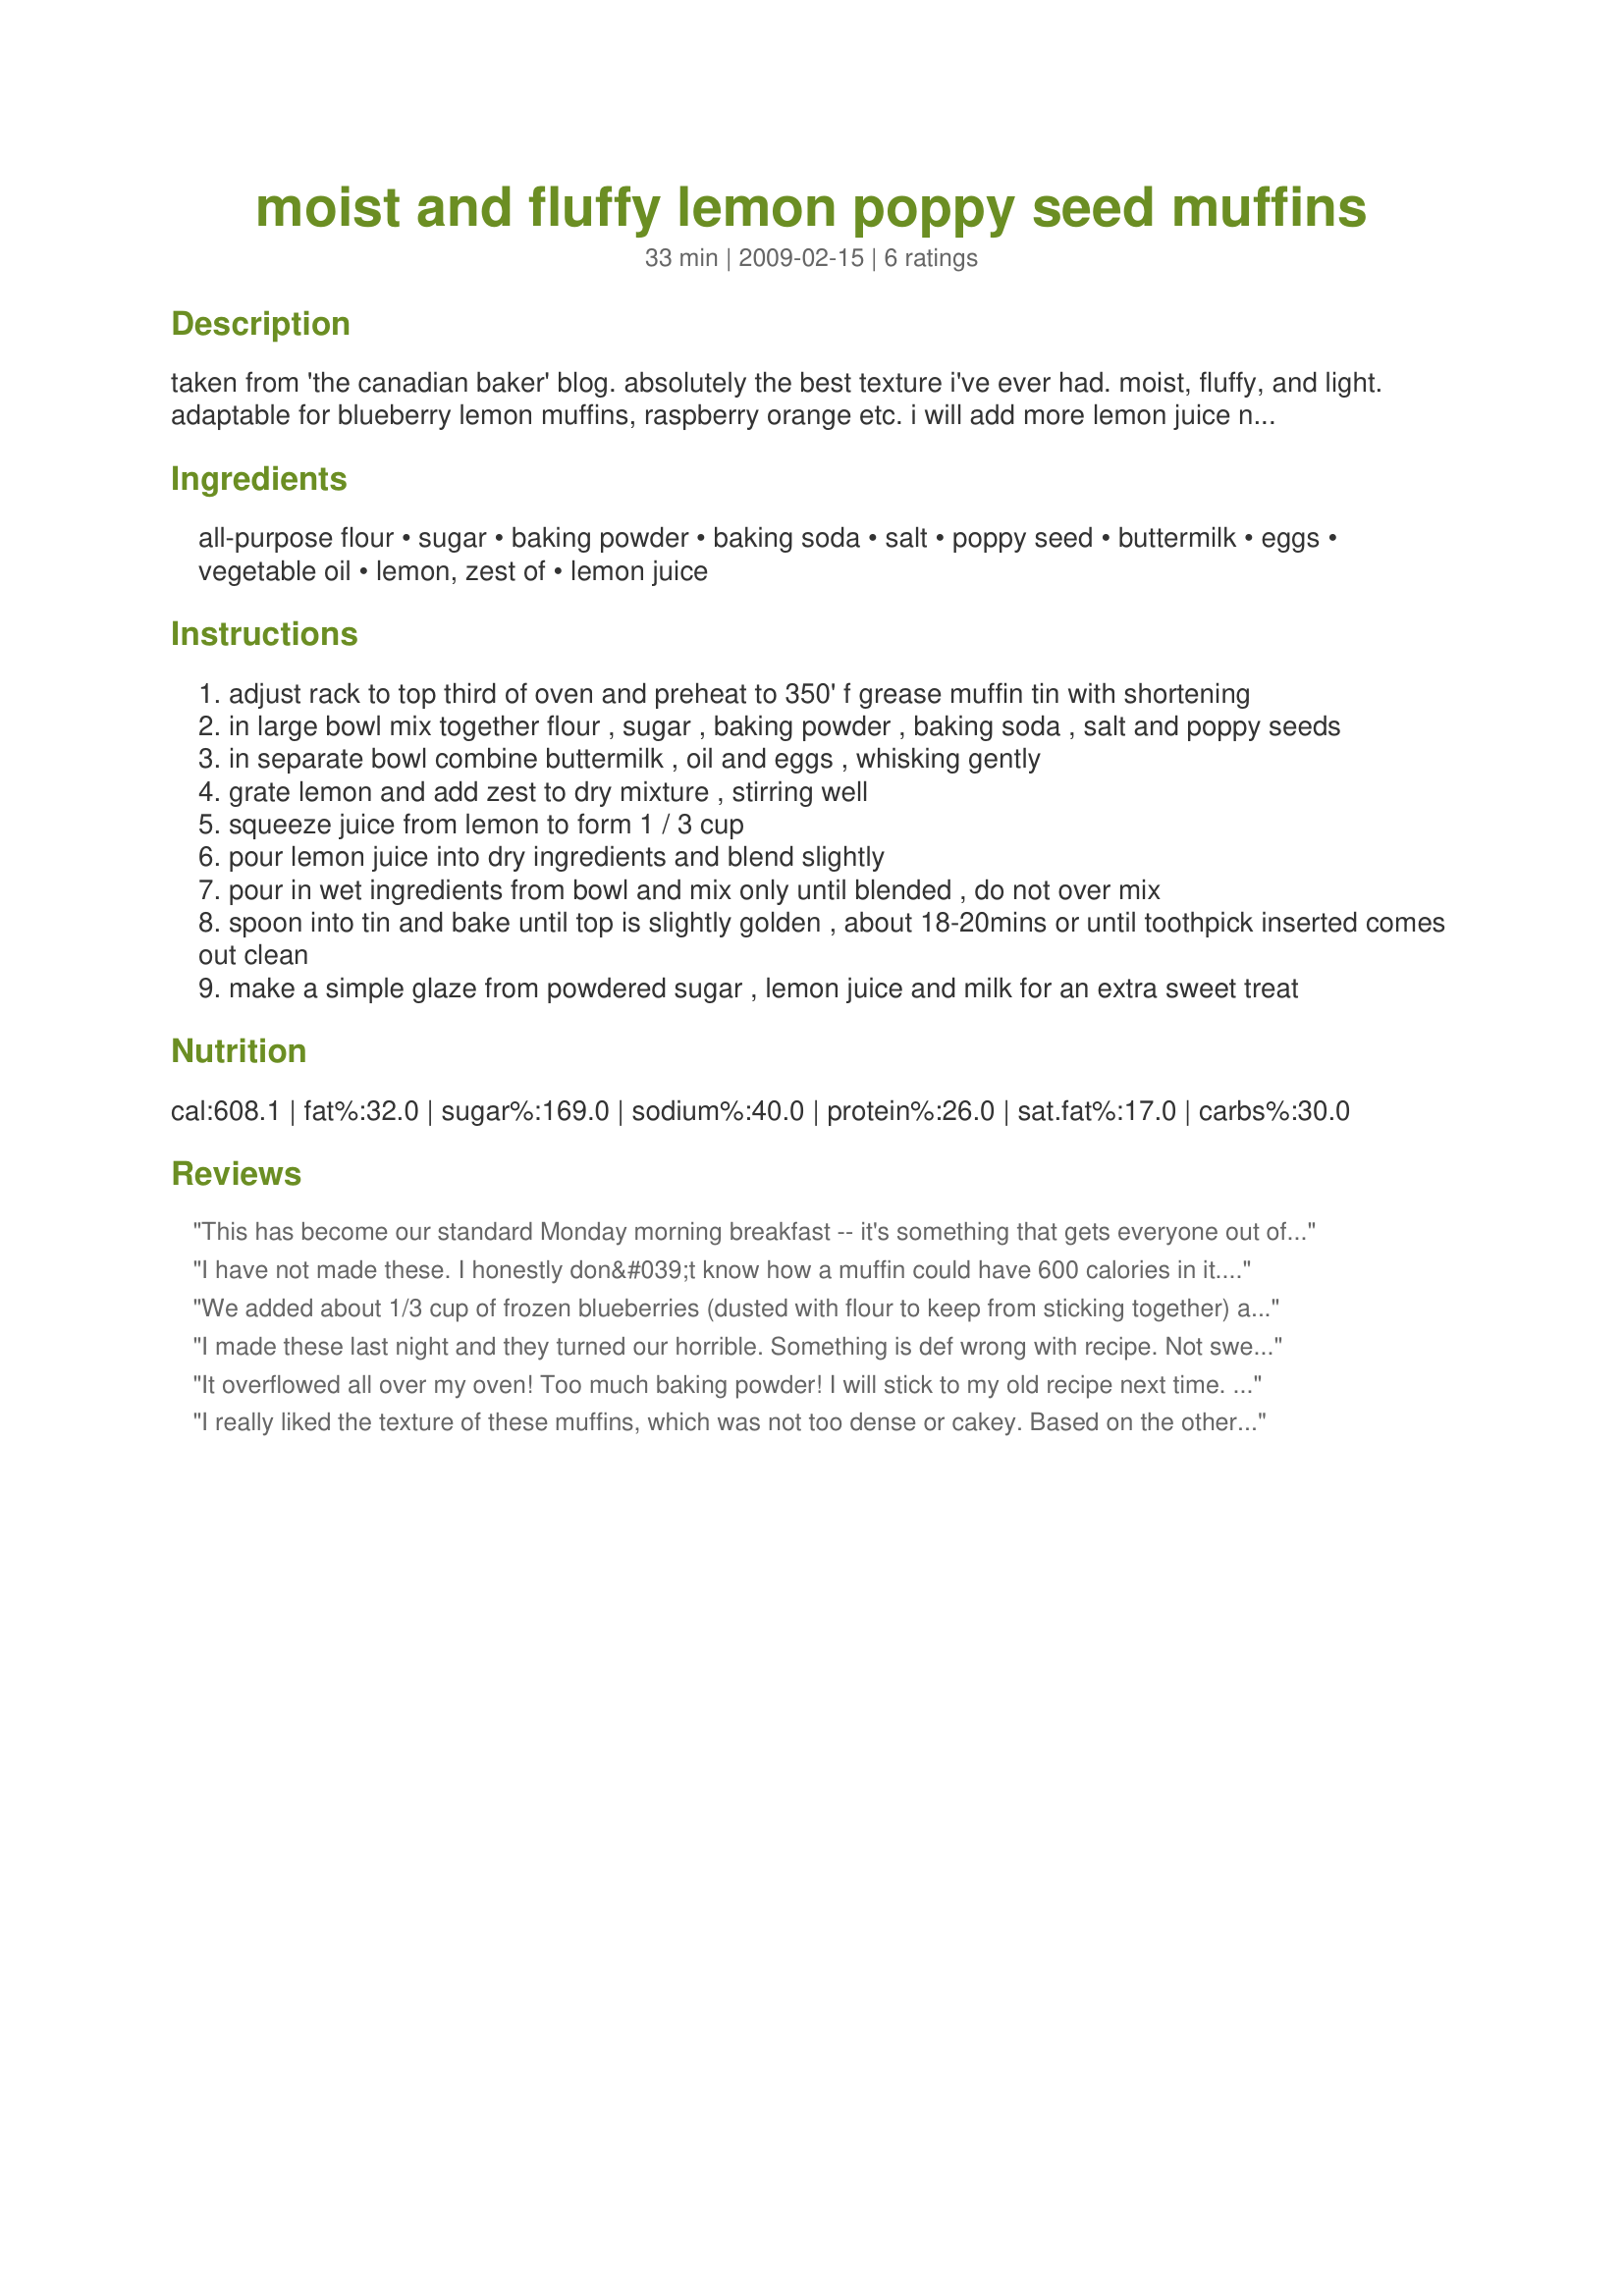
moist and fluffy lemon poppy seed muffins
Preparation time: 33 minutes

taken from 'the canadian baker' blog. absolutely the best texture i've ever had. moist, fluffy, and light. adaptable for blueberry lemon muffins, raspberry orange etc. i will add more lemon juice next time as i found it not zesty enough, and will cut back on the poppy seeds slightly. a simple lemon glaze makes this the perfect sweet treat for a cold day or an after lunch dessert.

Ingredients:
all-purpose flour, sugar, baking powder, baking soda, salt, poppy seed, buttermilk, eggs, vegetable oil, lemon, zest of, lemon juice

Steps:
adjust rack to top third of oven and preheat to 350' f grease muffin tin with shortening
in large bowl mix together flour , sugar , baking powder , baking soda , salt and poppy seeds
in separate bowl combine buttermilk , oil and eggs , whisking gently
grate lemon and add zest to dry mixture , stirring well
squeeze juice from lemon to form 1 / 3 cup
pour lemon juice into dry ingredients and blend slightly
pour in wet ingredients from bowl and mix only until blended , do not over mix
spoon into tin and bake until top is slightly golden , about 18-20mins or until toothpick inserted comes out clean
make a simple glaze from powdered sugar , lemon juice and milk for an extra sweet treat

Reviews:
This has become our standard Monday morning breakfast -- it's something that gets everyone out of bed! I make this with 1 cup whole wheat flour and 1 cup unbleached, and it comes out fine. I also leave my oven rack where it is but bake at 375. This makes a lot -- I use the Reynolds self-standing disposable aluminum muffin cups and fill up 20 of them.
I have not made these. I honestly don&#039;t know how a muffin could have 600 calories in it. Is it a misprint?
We added about 1/3 cup of frozen blueberries (dusted with flour to keep from sticking together) and these were delightful. Not too much or little of anything. Thanks for sharing! Made for PAC 09
I made these last night and they turned our horrible. Something is def wrong with recipe. Not sweet and heavy tasting - not light and fluffy at all. Such a disappointment. :(
It overflowed all over my oven! Too much baking powder! I will stick to my old recipe next time. Very disappointing.
I really liked the texture of these muffins, which was not too dense or cakey. Based on the other reviewer and my general feel for muffin recipes, I think the instruction to add 1 tablespoon of baking powder was a mistake, so I used 1 teaspoon each of baking powder and baking soda, and that was fine. I also cut the sugar from 3/4 to 1/2 cup, because I don&#039;t like a sweet muffin. The muffins came out a little bland -- perfect level of sweetness, but needed more salt (probably to compensate for the reduced sugar) and more lemon flavor. So next time I will double the salt and use the juice and zest of two lemons. Overall, though, I really enjoyed them and they are a great basis for adapting a lemon poppyseed muffin recipe -- thanks for posting!
